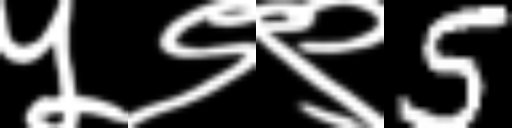
Text: ५९९5